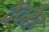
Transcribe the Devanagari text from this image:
देंदरेह